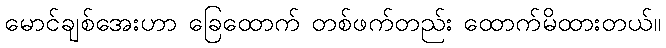
မောင်ချစ်အေးဟာ ခြေထောက် တစ်ဖက်တည်း ထောက်မိထားတယ်။